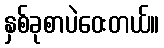
နှစ်ခုစာပဲဝေးတယ်။